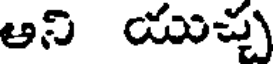
ఆని యుచ్చ